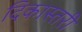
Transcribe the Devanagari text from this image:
दिकास्तरी